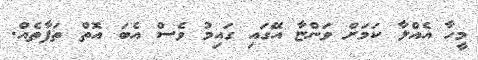
މީހާ އެއްލާ ކަމަށް ވަންޏާ އޭގައި ގައިމު ވެސް އެބަ އޮތް ތަފާތެއް.